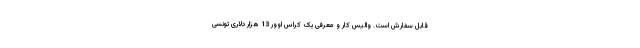
قابل سفارش است. والیس کار و معرفی یک کراس اوور 13 هزار دلاری تونسی